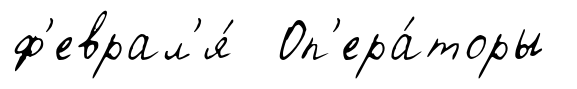
ф'еврал'я́ Оп'ера́торы